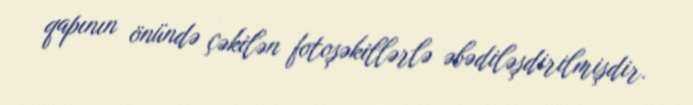
qapının önündə çəkilən fotoşəkillərlə əbədiləşdirilmişdir.